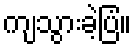
ကျသွားခဲ့ပြံ။